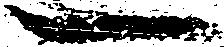
一